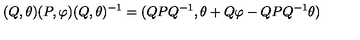
( Q , \theta ) ( P , \varphi ) ( Q , \theta ) ^ { - 1 } = ( Q P Q ^ { - 1 } , \theta + Q \varphi - Q P Q ^ { - 1 } \theta )